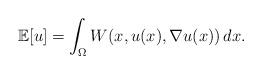
LaTeX: \begin{align*} \mathbb{E}[u] = \int_\Omega W(x, u(x), \nabla u(x)) \, dx. \end{align*}